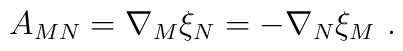
A_{MN} = \nabla_M \xi_N = - \nabla_N \xi_M~.